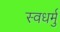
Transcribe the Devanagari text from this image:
स्वधर्मु